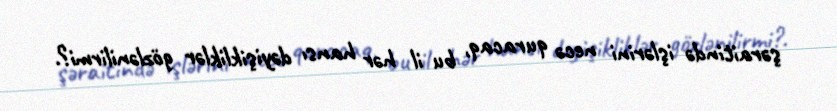
şəraitində işlərini necə quracaq, bu il hər hansı dəyişikliklər gözlənilirmi?.